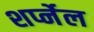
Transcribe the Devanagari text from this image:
शर्प्नेल